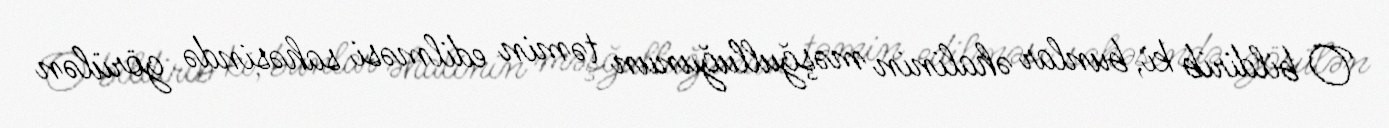
O bildirib ki, bunlar əhalinin məşğulluğunun təmin edilməsi sahəsində görülən